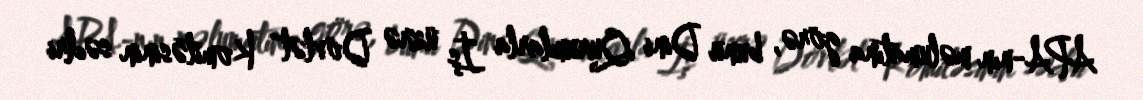
APA-nın məlumatına görə, bunu Dini Qurumlarla İş üzrə Dövlət Komitəsinin sədri